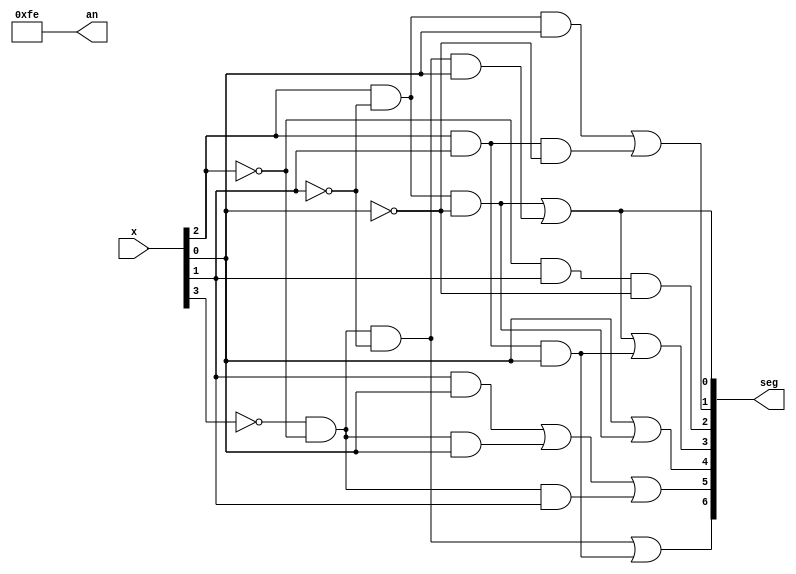
module bcdto7segment_dataflow(
    input [3:0] x,

    output [7:0] an,
    output [6:0] seg
    
    );

       assign an[7:0]=8'b11111110;
        assign seg[0]=(x[2]&~x[1]&~x[0])|(~x[3]&~x[2]&~x[1]&x[0]);
        assign seg[1]=(x[2]&~x[1]&x[0])|(x[2]&x[1]&~x[0]);
        assign seg[2]= ~x[2]&x[1]&~x[0];
        assign seg[3]=(x[2]&~x[1]&~x[0])|(~x[3]&~x[2]&~x[1]&x[0])|(x[2]&x[1]&x[0]);
        assign seg[4]=x[0]|(x[2]&~x[1]&~x[0]);
        assign seg[5]=(x[1]&x[0])|(~x[3]&~x[2]&x[0])|(~x[3]&~x[2]&x[1]);
        assign seg[6]=(~x[3]&~x[2]&~x[1])|(x[2]&x[1]&x[0]);
  
endmodule